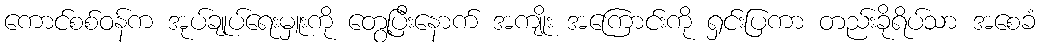
ကောင်စစ်ဝန်က အုပ်ချုပ်ရေးမှူးကို တွေ့ပြီးနောက် အကျိုး အကြောင်းကို ရှင်းပြကာ တည်းခိုရိပ်သာ အစေခံ